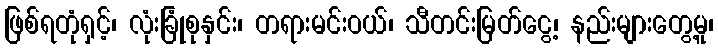
ဖြစ်ရတုံရှင့်၊ လုံးခြုံစုနှင်း၊ တရားမင်းဝယ်၊ သီတင်းမြတ်ငွေ့၊ နည်းများတွေ့မူ၊